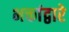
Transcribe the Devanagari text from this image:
भक्तांद्वारे